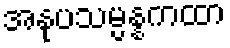
အနုပသမ္ပန္နကထာ